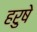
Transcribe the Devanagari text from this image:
हरुषे